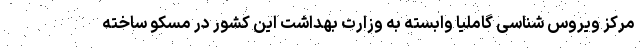
مرکز ویروس شناسی گاملیا وابسته به وزارت بهداشت این کشور در مسکو ساخته